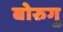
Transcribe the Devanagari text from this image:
बोरुगु